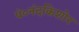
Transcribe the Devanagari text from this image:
पं०नंदकिशोर